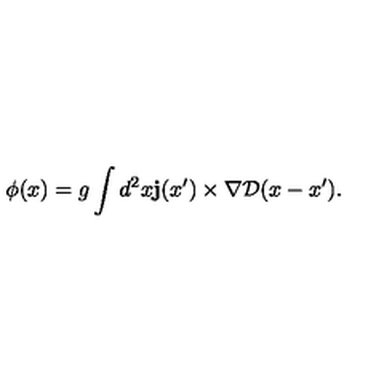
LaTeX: \phi ( x ) = g \int d ^ { 2 } x { \bf j } ( x ^ { \prime } ) \times \mathrm { \boldmath \nabla } { \cal D } ( x - x ^ { \prime } ) .